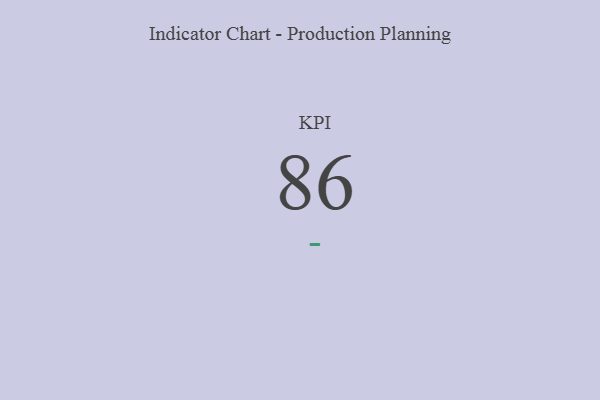
{"axis": {"x": "KPI", "y": "Value"}, "legend": [""], "data": [{"x": "KPI", "y": 86, "type": ""}]}